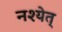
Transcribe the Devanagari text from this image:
नश्येत्